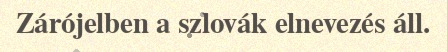
Zárójelben a szlovák elnevezés áll.